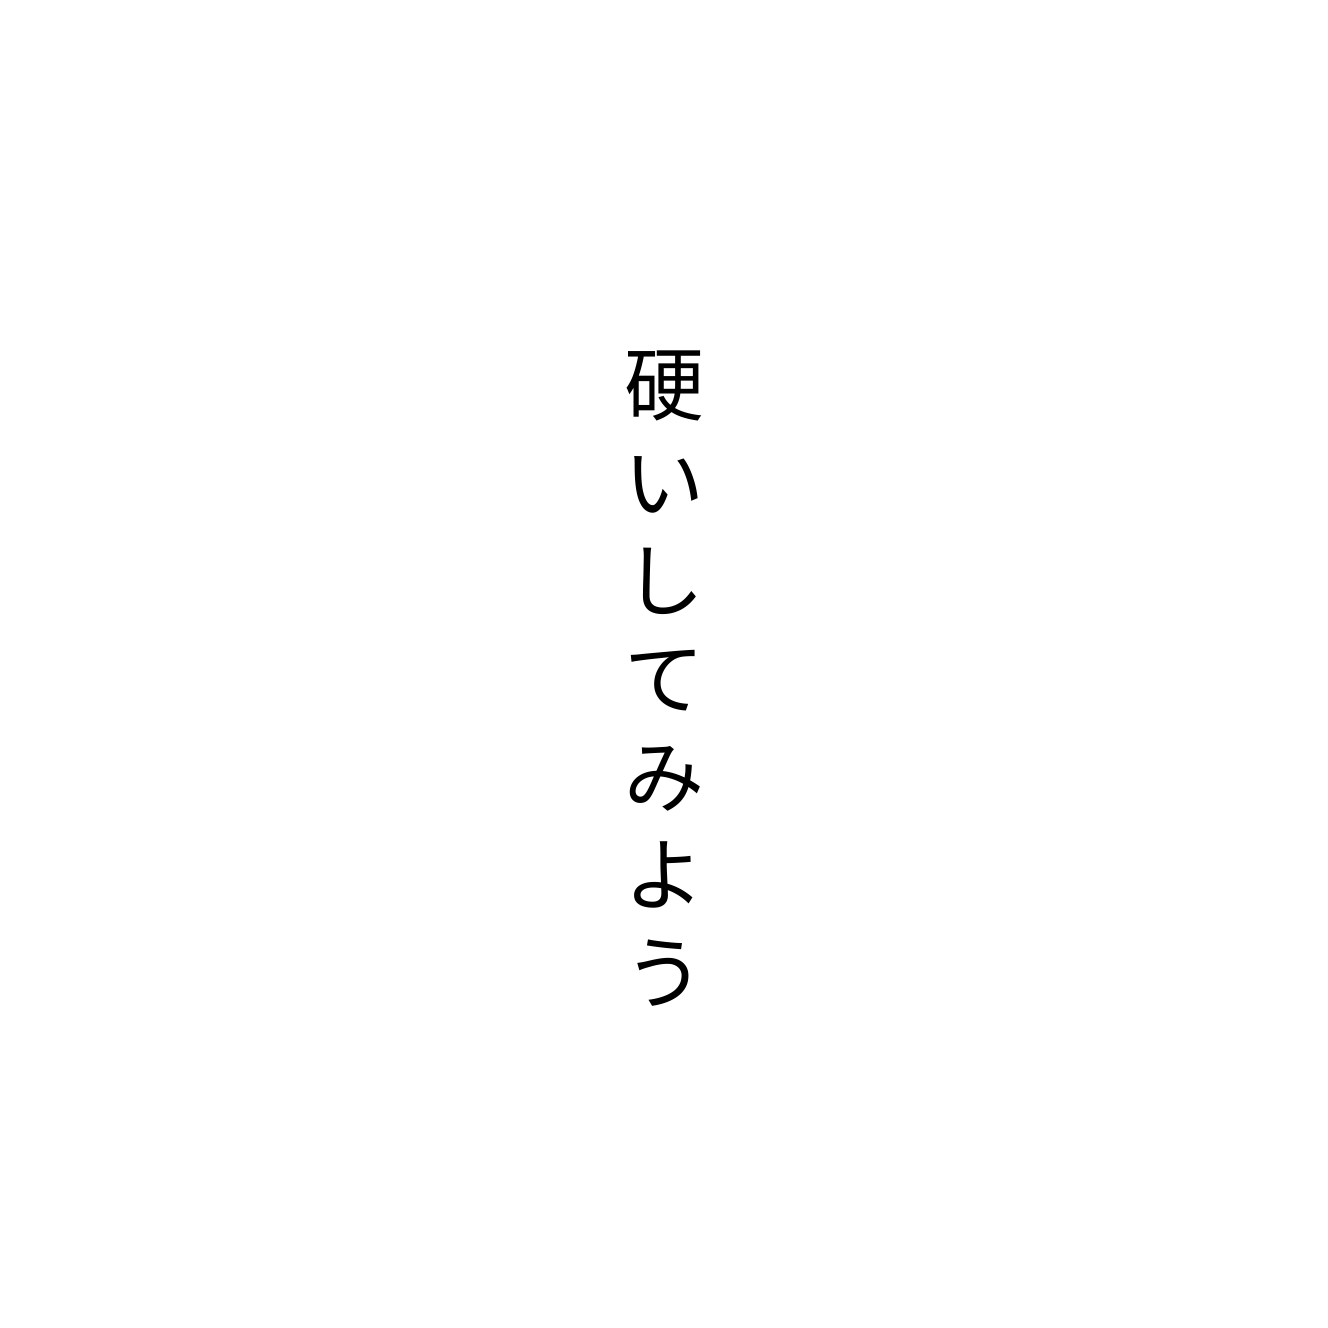
硬いしてみよう